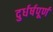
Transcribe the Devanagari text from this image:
दुर्धर्षपूर्ण